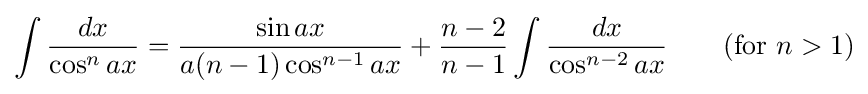
\int {\frac {dx}{\cos ^{n}ax}}={\frac {\sin ax}{a(n-1)\cos ^{n-1}ax}}+{\frac {n-2}{n-1}}\int {\frac {dx}{\cos ^{n-2}ax}}\qquad {\mbox{(for }}n>1{\mbox{)}}